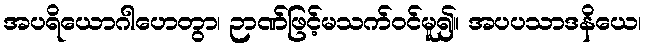
အပရိယောဂါဟေတွာ၊ ဉာဏ်ဖြင့်မသက်ဝင်မူ၍။ အပပသာဒနိယေ၊